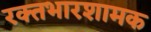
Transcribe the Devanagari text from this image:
रक्तभारशामक